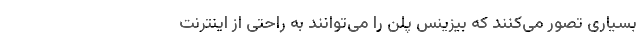
بسیاری تصور می‌کنند که بیزینس پلن را می‌توانند به راحتی از اینترنت